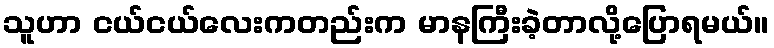
သူဟာ ငယ်ငယ်လေးကတည်းက မာနကြီးခဲ့တာလို့ပြောရမယ်။